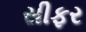
સીફર